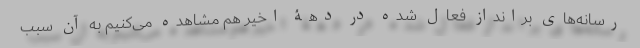
رسانه‌های برانداز فعال شده در دهۀ اخیر هم مشاهده می‌کنیم به آن سبب